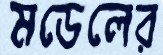
মডেলের